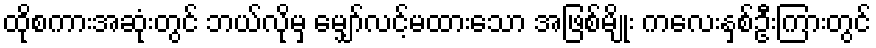
ထိုစကားအဆုံးတွင် ဘယ်လိုမှ မျှော်လင့်မထားသော အဖြစ်မျိုး ကလေးနှစ်ဦးကြားတွင်